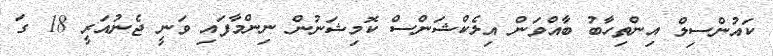
ކައުންސިލް އިންތިހާބު ބާއްވަން އިލެކްޝަންސް ކޮމިޝަނުން ނިންމާފައި ވަނީ ޖެނުއަރީ 18 ގަ